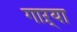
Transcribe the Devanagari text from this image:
गाऱ्या